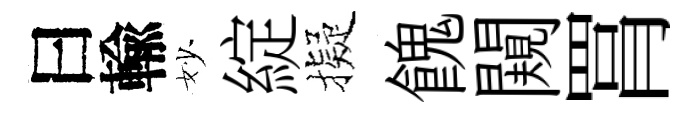
曰輸妙綻擬餽闚罥